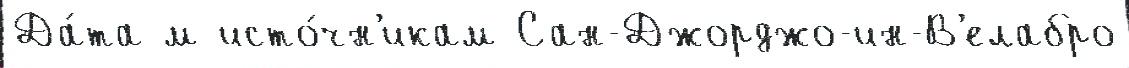
Да́та м исто́чн'икам Сан-Джорджо-ин-В'елабро